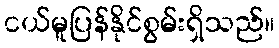
ငယ်မူပြန်နိုင်စွမ်းရှိသည်။